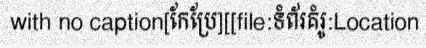
with no caption[កែប្រែ][[file:ទំព័រគំរូ:Location